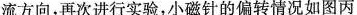
流方向，再次进行实验，小磁针的偏转情况如图丙